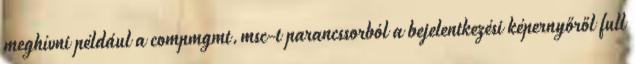
meghívni például a compmgmt.msc-t parancssorból a bejelentkezési képernyőről full